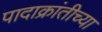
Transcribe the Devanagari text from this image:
पादाक्रांतीच्या